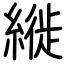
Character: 縰